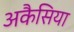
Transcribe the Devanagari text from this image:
अकैसिया